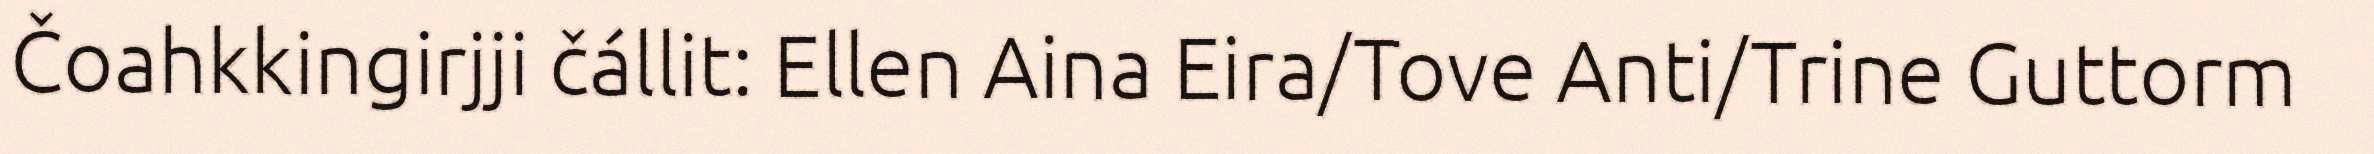
Čoahkkingirjji čállit: Ellen Aina Eira/Tove Anti/Trine Guttorm